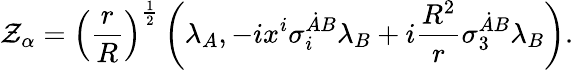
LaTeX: {\cal Z}_{\alpha}=\left({\frac{r}{R}}\right)^{\frac{1}{2}}\left(\lambda_{A},-ix^{i}\sigma_{i}^{\dot{A}B}\lambda_{B}+i{\frac{R^{2}}{r}}\sigma_{3}^{\dot{A}B}\lambda_{B}\right).